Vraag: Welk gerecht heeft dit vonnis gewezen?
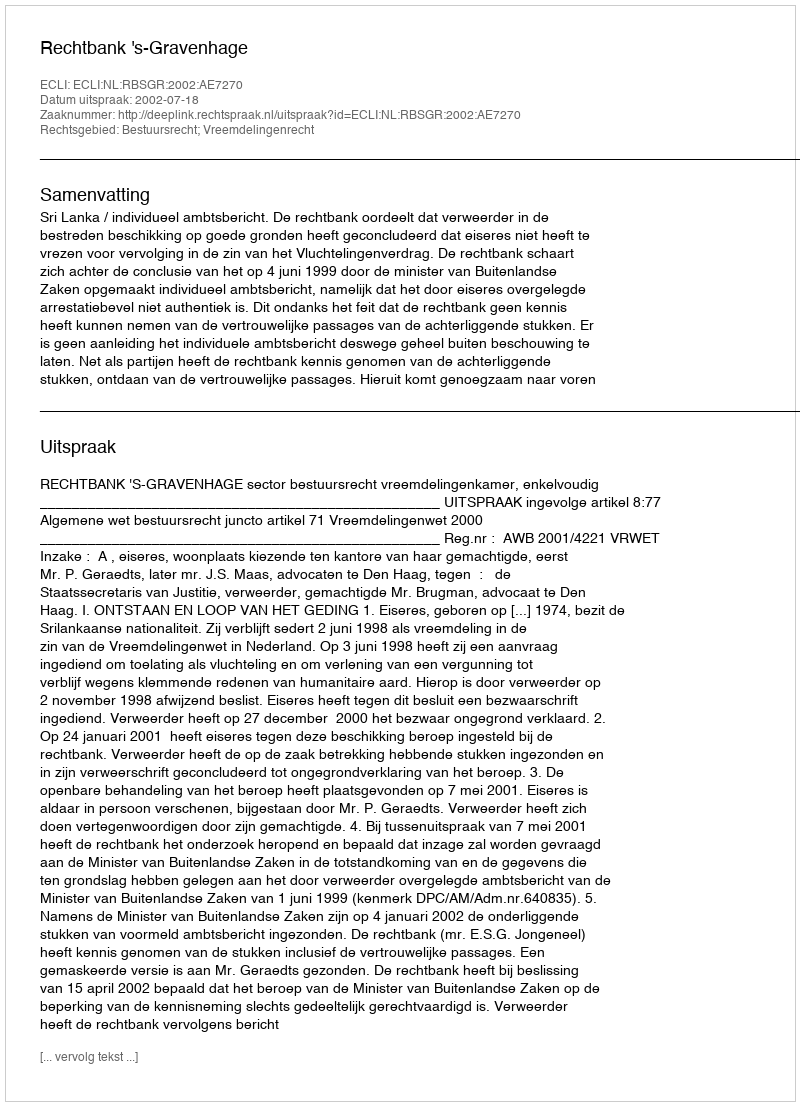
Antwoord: Rechtbank 's-Gravenhage